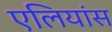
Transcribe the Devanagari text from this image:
एलियांस